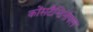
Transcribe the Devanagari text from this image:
कोंसटैन्टिनोपल